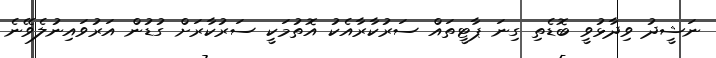
ނަޝީދު ވިދާޅުވީ ބޮޑެތި ގިނަ ޕާޓީތައް ސަރުކާރާއެކު އޮތުމަކީ ސަރުކާރަށް ގުޑުން އަރުވައިނުލެވޭނެ